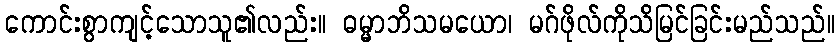
ကောင်းစွာကျင့်သောသူ၏လည်း။ ဓမ္မာဘိသမယော၊ မဂ်ဖိုလ်ကိုသိမြင်ခြင်းမည်သည်။